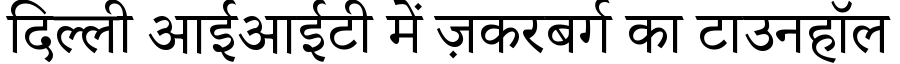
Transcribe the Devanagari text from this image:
दिल्ली आईआईटी में ज़करबर्ग का टाउनहॉल